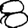
Digit: 8